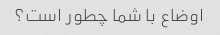
اوضاع با شما چطور است؟